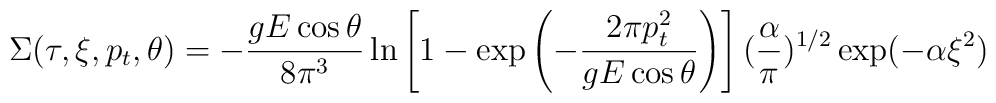
\Sigma(\tau,\xi,p_t,\theta)=-\frac{gE \cos\theta}{8\pi^3} \ln \left[ 1-\exp \left(-{2\pi p_t^2 \over gE \cos\theta} \right) \right] ({\alpha \over \pi})^{1/2}\exp (-\alpha\xi^2)